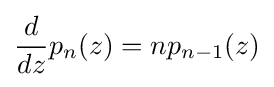
{\frac {d}{dz}}p_{n}(z)=np_{n-1}(z)